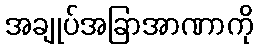
အချုပ်အခြာအာဏာကို